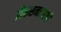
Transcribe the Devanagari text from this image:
विकसनासाठी